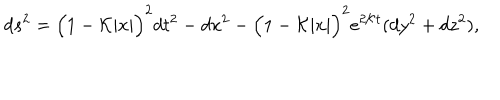
d s ^ { 2 } = \Big ( 1 - { \cal K } | x | \Big ) ^ { 2 } d t ^ { 2 } - d x ^ { 2 } - \Big ( 1 - { \cal K } | x | \Big ) ^ { 2 } e ^ { 2 { \cal K } t } ( d y ^ { 2 } + d z ^ { 2 } ) ,